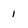
Character: 1